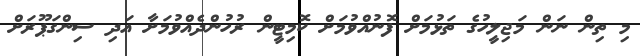
މި ތިން ނަން މަޖިލީހުގެ ތަޅުމަށް ފޮނުއްވުމަށް ކޮމިޓީން ރުހުންދެއްވުމަށާ އަދި ސިންގަޕޫރަށް